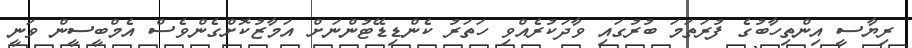
ރިޔާސީ އިންތިހާބުގެ ފުރަތަމަ ބުރުގައި ވާދަކުރެއްވި ހަތަރު ކެންޑިޑޭޓުންނަށް އަމާޒުކޮށްގެންވެސް އެމްބީސީން ވަނީ